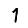
Digit: 1